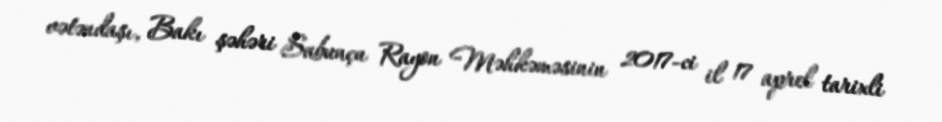
vətəndaşı, Bakı şəhəri Sabunçu Rayon Məhkəməsinin 2017-ci il 17 aprel tarixli